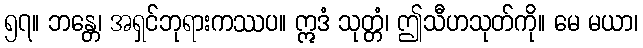
၅၇။ ဘန္တေ၊ အရှင်ဘုရားကဿပ။ ဣဒံ သုတ္တံ၊ ဤသီဟသုတ်ကို။ မေ မယာ၊